Vaccination in Bombay 1874-1876 - 1874-1876
Year: 1874
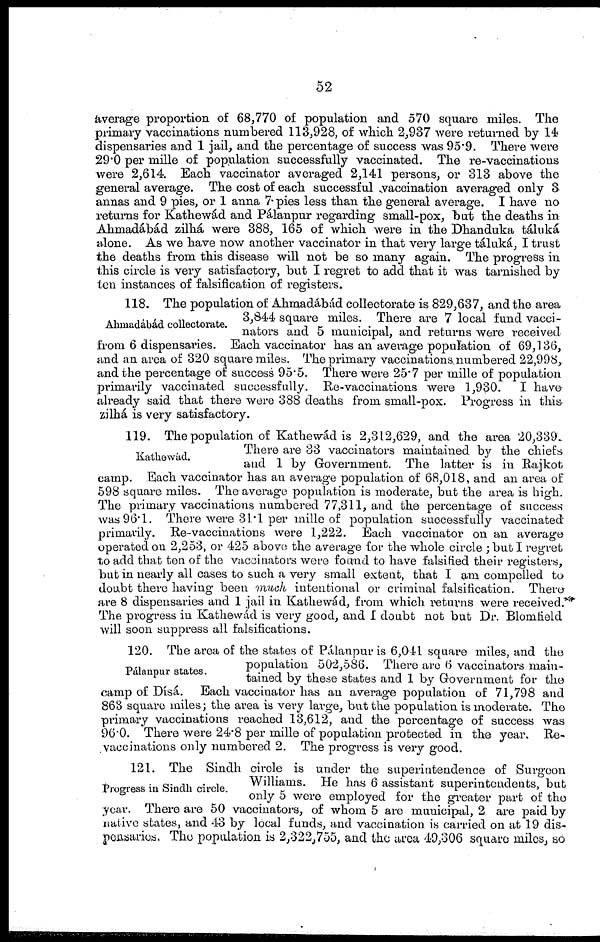
52
average proportion of 68,770 of population and 570 square miles. The
primary vaccinations numbered 113,928, of which 2,937 were returned by 14
dispensaries and 1 jail, and the percentage of success was 95.9. There were
29.0 per mille of population successfully vaccinated. The re-vaccinations
were 2,614. Each vaccinator averaged 2,141 persons, or 313 above the
general average. The cost of each successful vaccination averaged only 3
annas and 9 pies, or 1 anna 7 pies less than the general average. I have no
returns for Kathewád and Pálanpur regarding small-pox, but the deaths in
Ahmadábád zilhá were 388, 165 of which were in the Dhanduka táluká
alone. As we have now another vaccinator in that very large táluká, I trust
the deaths from this disease will not be so many again. The progress in
this circle is very satisfactory, but I regret to add that it was tarnished by
ten instances of falsification of registers.
Ahmadábád collectorate.
118. The population of Ahmadábád collectorate is 829,637, and the area
3,844 square miles. There are 7 local fund vacci¬
nators and 5 municipal, and returns were received
from 6 dispensaries. Each vaccinator has an average population of 69,136,
and an area of 320 square miles. The primary vaccinations numbered 22,998,
and the percentage of success 95.5. There were 25.7 per mille of population
primarily vaccinated successfully. Re-vaccinations were 1,930. I have
already said that there were 388 deaths from small-pox. Progress in this
zilhá is very satisfactory.
Kathewád.
119. The population of Kathewád is 2,312,629, and the area 20,339.
There are 33 vaccinators maintained by the chiefs
and 1 by Government. The latter is in Rajkot
camp. Each vaccinator has an average population of 68,018, and an area of
598 square miles. The average population is moderate, but the area is high.
The primary vaccinations numbered 77,311, and the percentage of success
was 96.1. There were 31.1 per mille of population successfully vaccinated
primarily. Re-vaccinations were 1,222. Each vaccinator on an average
operated on 2,253, or 425 above the average for the whole circle ; but I regret
to add that ten of the vaccinators were found to have falsified their registers,
but in nearly all cases to such a very small extent, that I am compelled to
doubt there having been much intentional or criminal falsification. There
are 8 dispensaries and 1 jail in Kathewád, from which returns were received.
The progress in Kathewád is very good, and I doubt not but Dr. Blomfield
will soon suppress all falsifications.
Pálanpur states.
120. The area of the states of Pálanpur is 6,041 square miles, and the
population 502,586. There are 6 vaccinators main-
tained by these states and 1 by Government for the
camp of Dísá. Each vaccinator has an average population of 71,798 and
863 square miles; the area is very large, but the population is moderate. The
primary vaccinations reached 13,612, and the percentage of success was
96.0. There were 24.8 per mille of population protected in the year. Re¬
vaccinations only numbered 2. The progress is very good.
Progress in Sindh circle.
121. The Sindh circle is under the superintendence of Surgeon
Williams. He has 6 assistant superintendents, but
only 5 were employed for the greater part of the
year. There are 50 vaccinators, of whom 5 are municipal, 2 are paid by
native states, and 43 by local funds, and vaccination is carried on at 19 dis-
pensaries. The population is 2,322,755, and the area 49,306 square miles, so